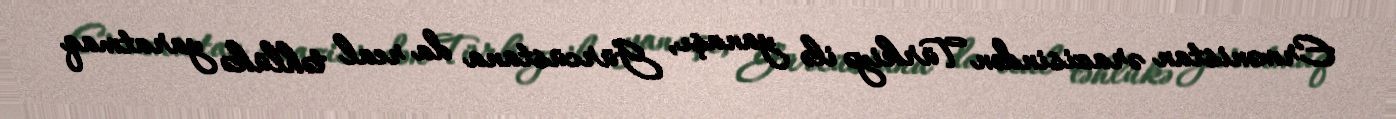
Ermənistan ərazisindən Türkiyə ilə yanaşı, Gürcüstana da real təhlükə yaratmaq